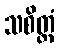
သစိတ္တံ